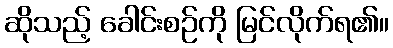
ဆိုသည့် ခေါင်းစဉ်ကို မြင်လိုက်ရ၏။